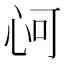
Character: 𢘟